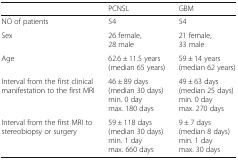
|  | PCNSL | GBM |
 | --- | --- | --- |
 | NO of patients | 54 | 54 |
 | Sex | 26 female, 28 male | 21 female, 33 male |
 | Age | 62.6 ± 11.5 years(median 65 years) | 59 ± 14 years(median 62 years) |
 | Interval from the first clinical manifestation to the first MRI | 46 ± 89 days(median 30 days)min. 0 daymax. 180 days | 49 ± 63 days(median 25 days)min. 0 daymax. 270 days |
 | Interval from the first MRI to stereobiopsy or surgery | 59 ± 118 days(median 30 days)min. 1 daymax. 660 days | 9 ± 7 days(median 8 days)min. 1 daymax. 30 days |